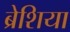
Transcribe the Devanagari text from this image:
ब्रेशिया